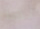
لها